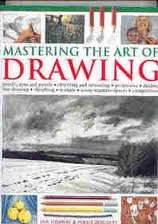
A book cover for Mastering the Art of Drawing; Ian Sidaway; Arts & Photography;